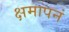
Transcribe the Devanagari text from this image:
क्षमापनं